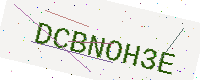
Text: DCBNOH3E